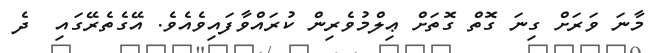
މާނަ ވަރަށް ގިނަ ގޮތް ގޮތަށް ޢިލްމުވެރިން ކުރައްވާފައިވެއެވެ. އޭގެތެރޭގައި  ދެ